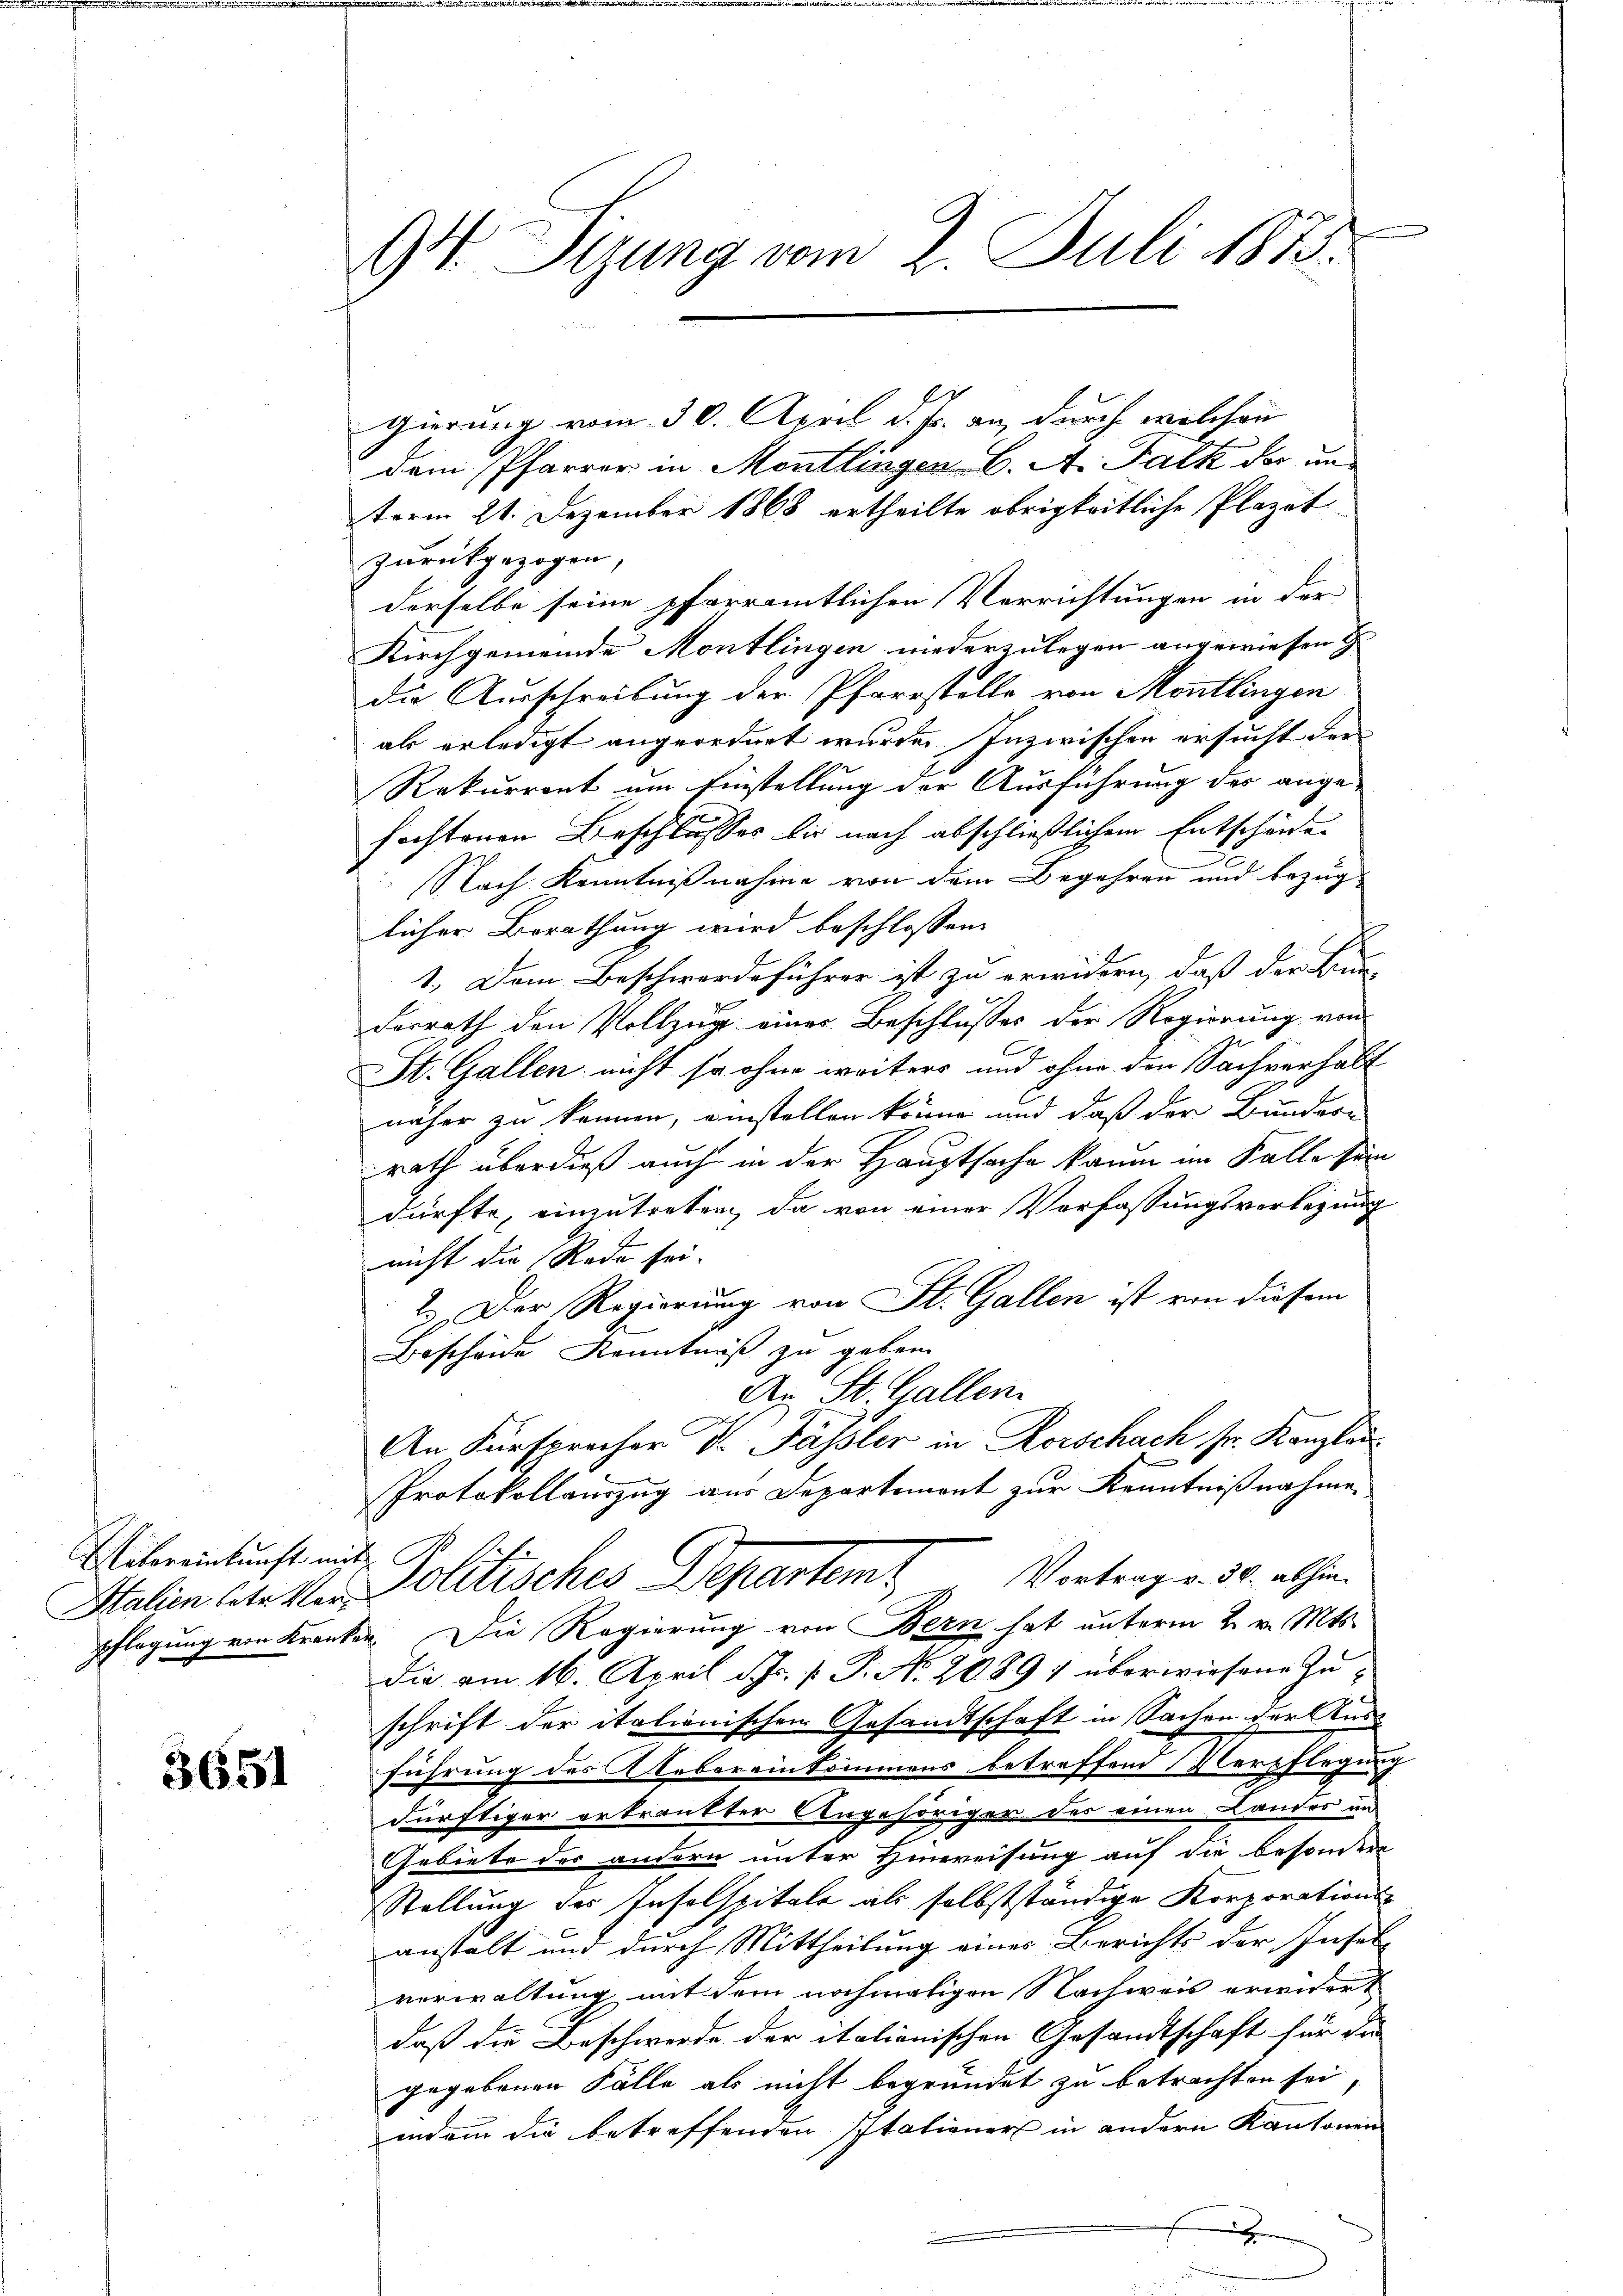
Übereinkunft mit

3651

94. Sizung vom 2. Juli 1873.

gierung vom 30. April d. Js. an, durch welchen
dem Pfarrer in Montlingen B. A. Falk der un
term 21. Dezember 1868 ertheilte obrigkeitliche Plazet
zurückgezogen,
derselbe seine pfarramtlichen Verrichtungen in der
Kirchgemeinde Montlingen niederzulegen angewiesen G
die Ausschreibung der Pfarrstelle von Montlingen
als erledigt angeordnet wurde. Inzwischen ersucht der
Rekurront um Einstellung der Ausführung des angefochtenen Beschlusses bis nach abschließlichem Entscheiden
.
2
Nach Kenntnißnahme von dem Begehren und bezuglicher Berathung wird beschlossen:
1. Dem Beschwerdeführer ist zu erwidern, daß der Bun-
derrath den Vollzug einer Beschlusses der Regierung von
St. Gallen nicht so ohne weiters und ohne den Sachverhält
näher zu können, einstellen könne und daß der Bunder-
rath überdieß auch in der Hauptsache kaum im Falle sein
dürfte, einzutreten, da von einer Verfassungsverlegung
nicht die Rede sei.
2. Der Regierung von St. Gallen ist von diesem
Bescheide Kenntniß zu geben.
An St. Gallen.
An Fürsprecher Dr. Fässler in Korschach sr. Kanzlei
Protokollauszug aus Departemont zur Kenntnißnahme.
Italien statten Politisches Departemt Vortragen 30. abhin
pflegung von Kranken. Die Regierung von Bern hat unterm 2. v. Mts.
Die am 16. April d. Js. p. P. No. 2089: überwiesene Zuschrift der italienischen Gesandtschaft in Sachen der Aus-
führung des Uebereinkommens betreffend Verpflegung
dürftiger erkrankter Angehöriger des einen Landes un
Gebiete des andern unter Hinweisung auf die besondere
Stellung des Insolspitale als selbstständige Korporations-
anstalt und durch Mittheilung eines Berichts der Insel-
verwaltung mit dem nochmaligen Nachweis erwidert
daß die Beschwerde der italionischen Gesandtschaft für da
gegebenen Fälle als nicht begründet zu betrachten sei
indem die betreffenden Italiener in andern Kantonen